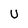
Character: U